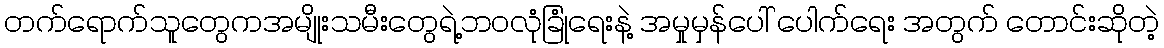
တက်ရောက်သူတွေကအမျိုးသမီးတွေရဲ့ဘဝလုံခြုံရေးနဲ့ အမှုမှန်ပေါ် ပေါက်ရေး အတွက် တောင်းဆိုတဲ့